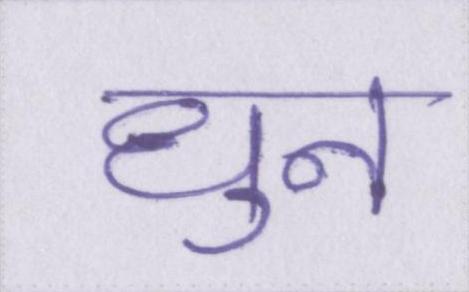
धुन